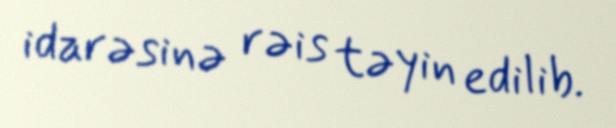
idarəsinə rəis təyin edilib.